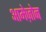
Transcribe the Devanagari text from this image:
आमेज़ोन